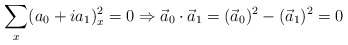
\begin{align*}\sum_x (a_0+i a_1)^2_x=0\Rightarrow \vec a_0 \cdot \vec a_1= (\vec a_0)^2-(\vec a_1)^2=0\end{align*}